Newspaper: Omaha daily bee.
Place of publication: Omaha [Neb.]
Publisher: Edward Rosewater
Date: 1900-05-14 00:00:00
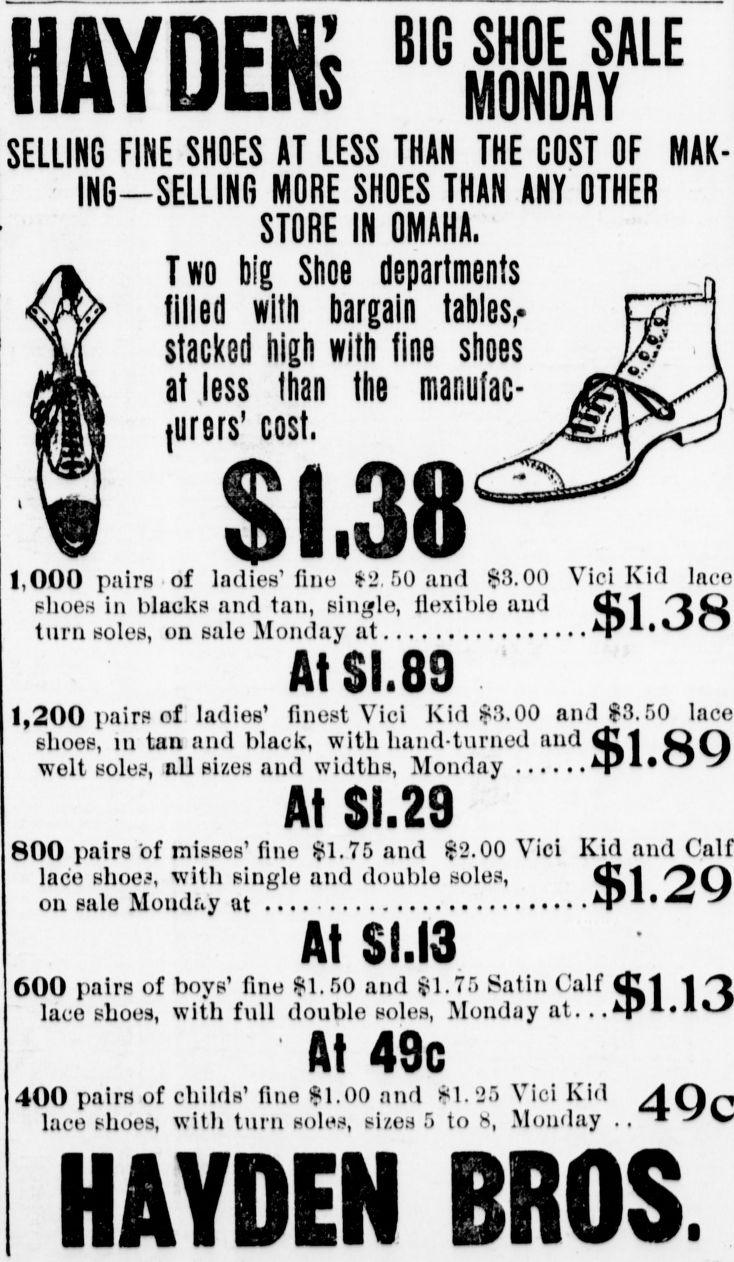
Advertisement text (OCR):
HAYDEN S BIG SHOE SALE MONDAY SELLING FINE SHOES AT LESS THAN THE COST OF MAK ING SELLING MORE SHOES THAN ANY OTHER STORE IN OMAHA. Two big Shoe departments tilled with bargain tables,. stacked high with tine shoes at Jess than the manufac turers' cost, 1,000 pairs of ladies' fino 2 50 and 83.00 shoes in blacks and tan, single, llexiblo and turn soles, on salo Monday at Vici Kid lace ..$1.38 1,200 pairs of ladies' finest Vici Kid 83.00 and $3.50 lace shoes, in tan and black, with hand-turned ana Ull Si(l wolt soles, :all sizes and widths, Monday AflltO 3 At $1.29 800 pairs 'of misses' fino $1.75 and ?2.00 Vici Kid and lace shoes, with single and doublo soles, ULI OQ on salo Monday at ipitf At $$.13 600 pairs of boys' fino $1.50 and $1.75 Satin Calf C1 1 1 lace shoes, with full doublo soles, Monday at. At 49c 400 pairs of childs' fine $1.00 and $1.25 Vici Kid lace shoes, with turn solos, sizes 5 to 8, Monday HAYDEN R0S.
Label: illustrations